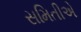
સમિતીએ